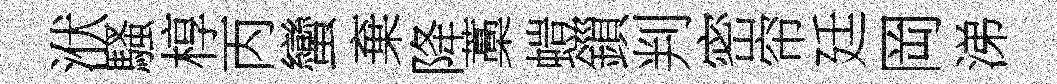
洑騷椁丙蠻棄降藁螘鎻判密帘廷岡涕